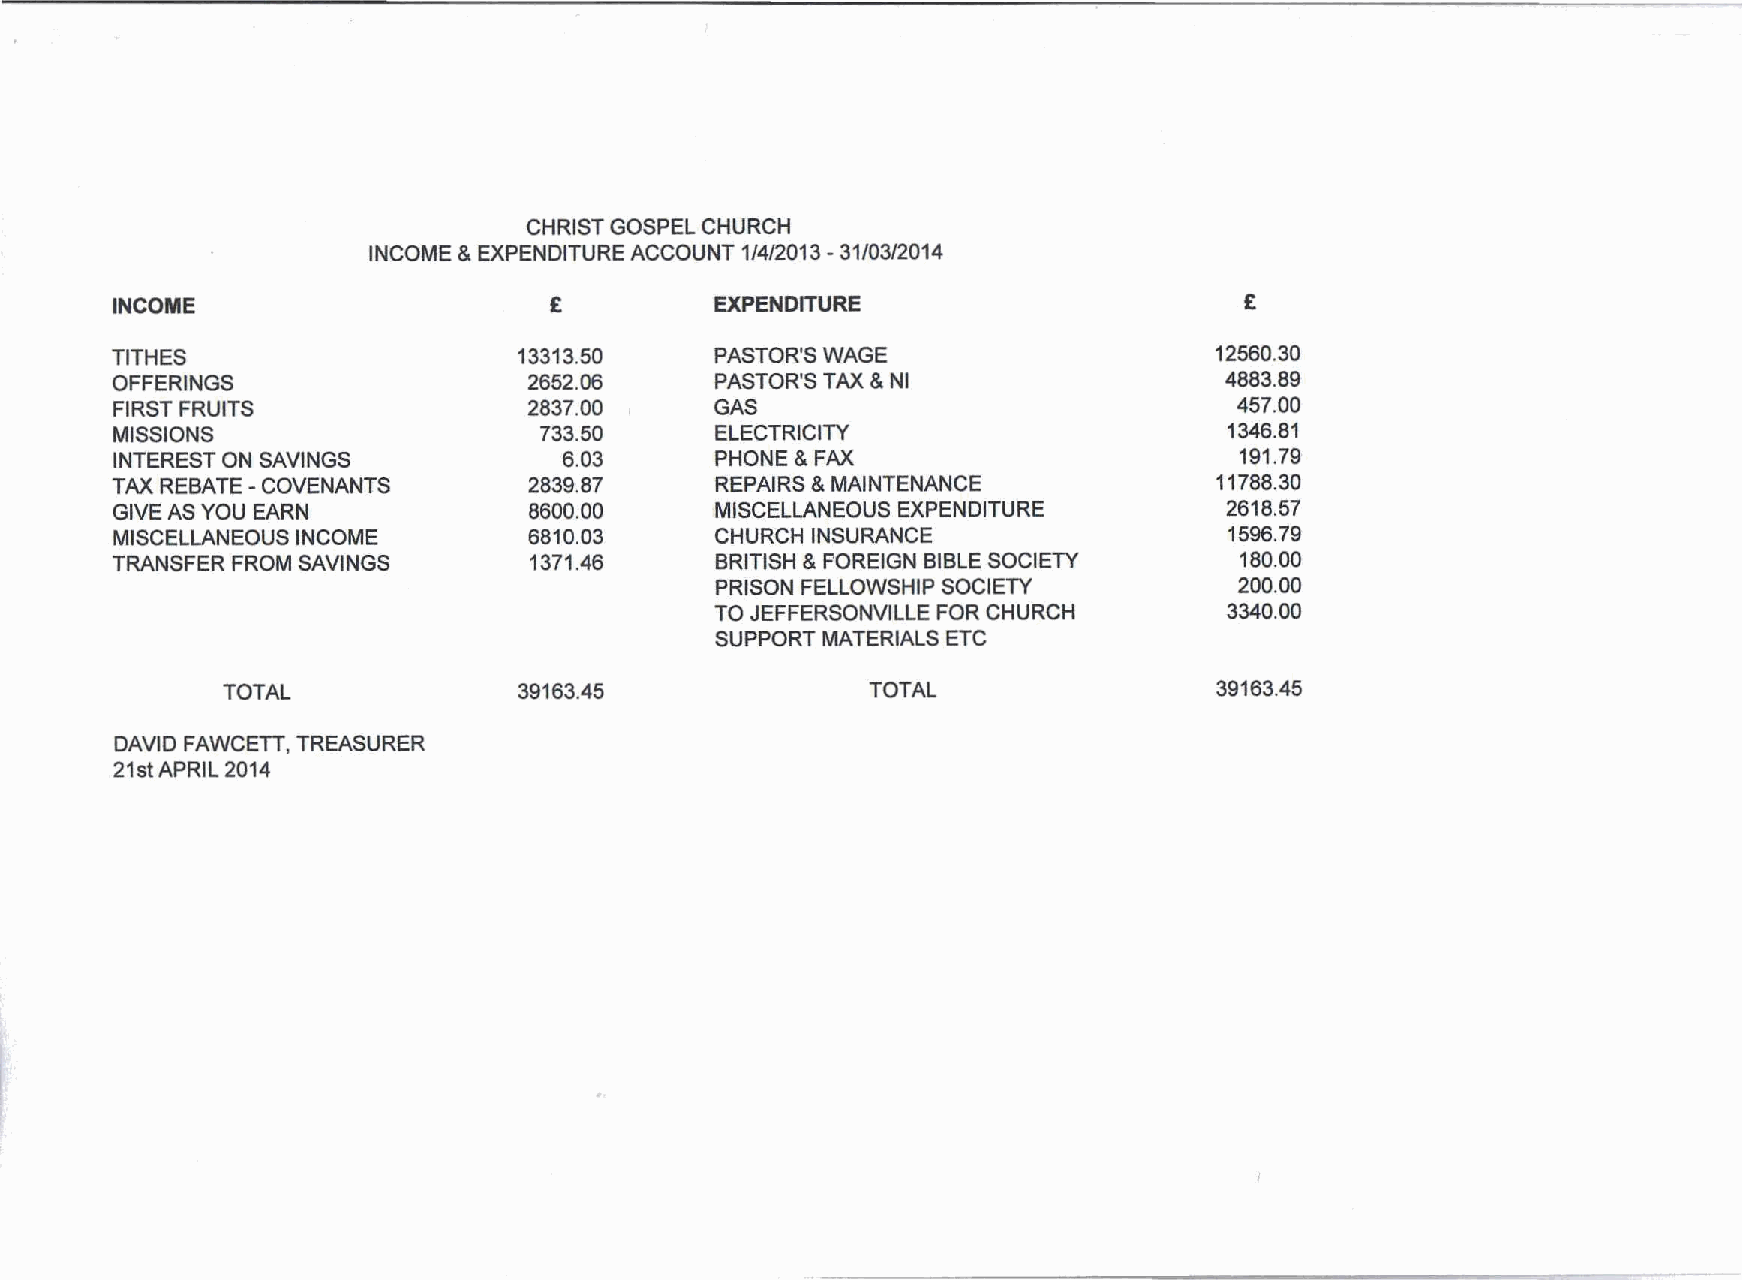
CHRIST GOSPEL CHURCH
 INCOME & EXPENDITURE ACCOUNT 1/4/2013 - 31103/2014
 INCOME                       £          EXPENDITURE                        £
 TITHES                     13313.50     PASTOR'S WAGE                    12560.30
 OFFERINGS                   2652.06     PASTOR'S TAX & NI                 4883.89
 FIRST FRUITS                2837.00     GAS                                457.00
 I
 MISSIONS                     733.50     ELECTRICITY                       1346.81
 INTEREST ON SAVINGS           6.03      PHONE & FAX                        191.79
 TAX REBATE - COVENANTS      2839.87     REPAIRS & MAINTENANCE            11788.30
 GIVE AS YOU EARN            8600.00     MISCELLANEOUS EXPENDITURE         2618.57
 MISCELLANEOUS INCOME        6810.03     CHURCH INSURANCE                  1596.79
 TRANSFER FROM SAVINGS       1371.46     BRITISH & FOREIGN BIBLE SOCIETY    180.00
 PRISON FELLOWSHIP SOCIETY          200.00
 TO JEFFERSONVILLE FOR CHURCH      3340.00
 SUPPORT MATERIALS ETC
 TOTAL              39163.45                TOTAL                 39163.45
 DAVID FAWCETT, TREASURER
 21st APRIL 2014